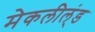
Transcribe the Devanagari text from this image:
मेकलील्ंड